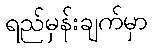
ရည်မှန်းချက်မှာ